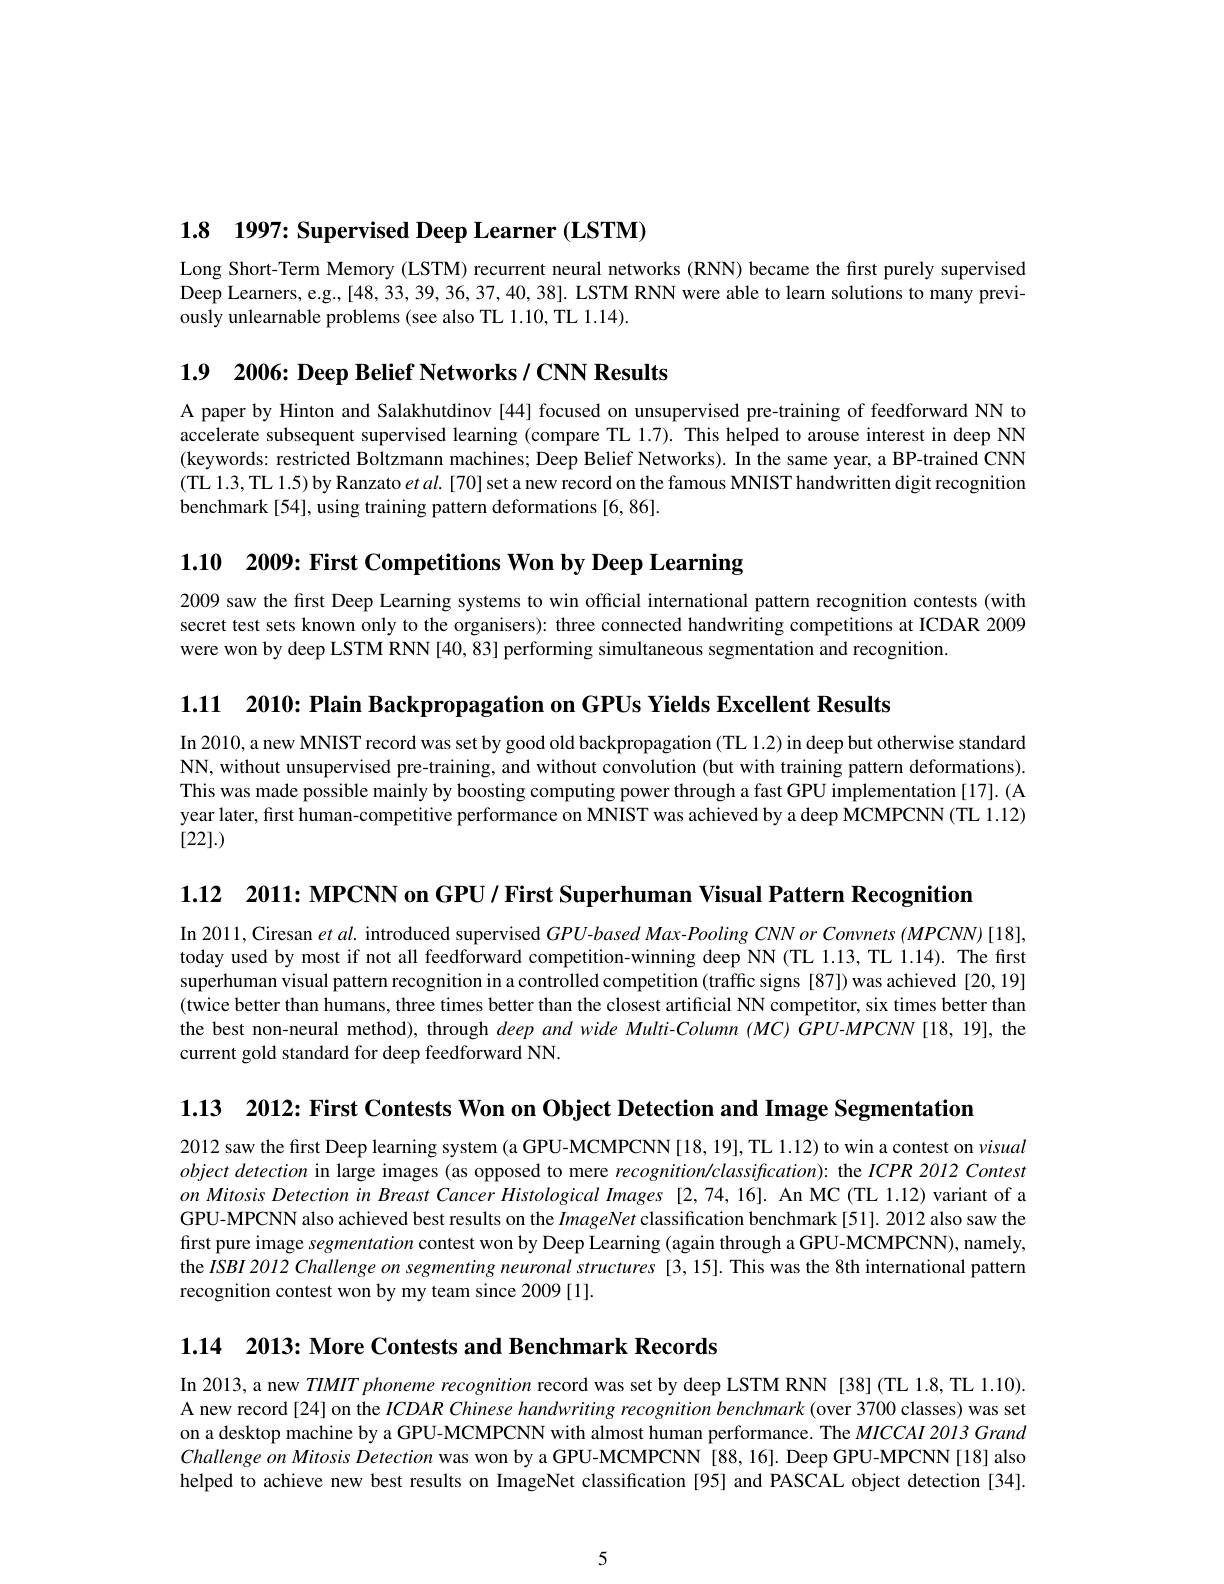
1.8 1997{:} Supervised Deep Learner (LSTM)

Long Short-Term Memory (LSTM) recurrent neural networks (RNN) became the first purely supervised Deep Learners, e.g., [48, 33, 39, 36, 37, 40, 38]. LSTM RNN were able to learn solutions to many previously unlearnable problems (see also TL 1.10, TL 1.14).

1.9 2006: Deep Belief Networks / CNN Results

A paper by Hinton and Salakhutdinov [44] focused on unsupervised pre-training of feedforward NN to accelerate subsequent supervised learning (compare TL 1.7). This helped to arouse interest in deep NN (keywords: restricted Boltzmann machines; Deep Belief Networks). In the same year, a BP-trained CNN (TL 1.3, TL 1.5) by Ranzato et al. [70] set a new record on the famous MNIST handwritten digit recognition benchmark[54], using training pattern deformations [6,86].

1.10 2009: First Competitions Won by Deep Learning

2009 saw the first Deep Learning systems to win official international pattern recognition contests (with secret test sets known only to the organisers): three connected handwriting competitions at ICDAR 2009 were won by deep LSTM RNN [40, 83] performing simultaneous segmentation and recognition

1.11 2010{:} Plain Backpropagation on GPUs Yields Excellent Results

In 2010, a new MNIST record was set by good old backpropagation (TL 1.2) in deep but otherwise standard NN, without unsupervised pre-training, and without convolution (but with training pattern deformations). This was made possible mainly by boosting computing power through a fast GPU implementation [17]. (A year later, first human-competitive performance on MNIST was achieved by a deep MCMPCNN (TL 1.12) [22].)

1.12 2011: MPCNN on GPU / First Superhuman Visual Pattern Recognition

In 2011, Ciresan $etal.$ introduced supervised $GPU-based$ Max-Pooling CNN or Convnets (MPCNN)[18], today used by most if not all feedforward competition-winning deep NN (TL 1.13, TL 1.14). The first superhuman visual pattern recognition in a controlled competition (traffic signs [87]) was achieved [20,19] (twice better than humans, three times better than the closest artificial NN competitor, six times better than the best non-neural method), through deep and wide Multi-Column (MC) GPU-MPCNN[18,19], the current gold standard for deep feedforward NN.

1.13 2012{:} First Contests Won on Object Detection and Image Segmentation

2012 saw the first Deep learning system (a GPU-MCMPCNN [18,19], TL 1.12) to win a contest on visual object detection in large images (as opposed to mere recognition/classification): the ICPR 2012 Contest on Mitosis Detection in Breast Cancer Histological Images [2,74,16]. An MC (TL 1.12) variant of a GPU-MPCNN also achieved best results on the ImageNet classification benchmark[51]. 2012 also saw the first pure image segmentation contest won by Deep Learning (again through a GPU-MCMPCNN), namely, the ISBI 2012 Challenge on segmenting neuronal structures [3,15]. This was the 8th international pattern recognition contest won by my team since 2009 [1].

1.14 2013: More Contests and Benchmark Records

In 2013, a new TIMITphonemerecognition record was set by deep LSTM RNN [38](TL 1.8, TL 1.10). A new record[24] on the $ICDAR$ Chinese handwriting recognition benchmark (over 3700 classes) was set on a desktop machine by a GPU-MCMPCNN with almost human performance. The $MICCAI$ 2013 Grand $Challenge\textit{ on Mitosis Detection was won by a GPU- MCMPCNN [ 88, 16] . Deep GPU- MPCNN[ 18] also}$ helped to achieve new best results on ImageNet classification [95] and PASCAL object detection [34].

5